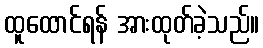
ထူထောင်ရန် အားထုတ်ခဲ့သည်။